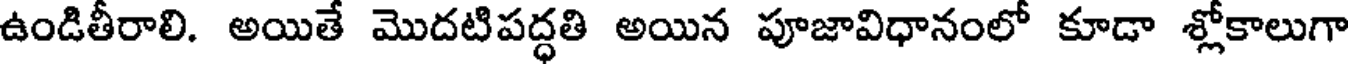
ఉండితీరాలి. అయితే మొదటిపద్ధతి అయిన పూజావిధానంలో కూడా శ్లోకాలుగా